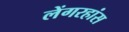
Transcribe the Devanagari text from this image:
लेंगरहांस